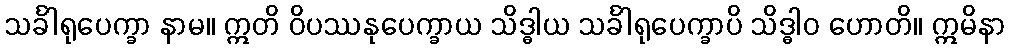
သင်္ခါရုပေက္ခာ နာမ။ ဣတိ ဝိပဿနုပေက္ခာယ သိဒ္ဓါယ သင်္ခါရုပေက္ခာပိ သိဒ္ဓါဝ ဟောတိ။ ဣမိနာ